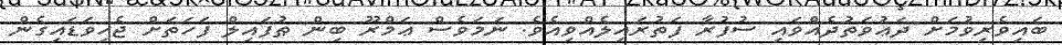
ބައިވެރިވުމަށް ދަޢުވަތުދެއްވައި ސުފުރާ ފަތުރައިލެއްވިއެވެ. ނަމަވެސް ޢަމްރޫ ބިން ޠުފައިލް ފަހަތަށް ޖެހިވަޑައިގެން